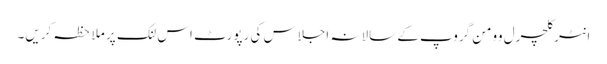
انٹرکلچرل وومن گروپ کے سالانہ اجلاس کی رپورٹ اس لنک پر ملاحظہ کریں۔